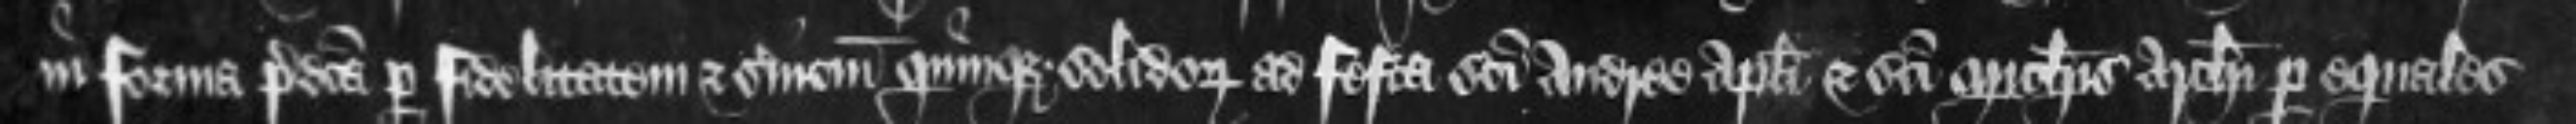
in forma predicta per fidelitatem et servicium quinque solidorum ad festa sancti Andree Apostoli et sancti Michaelis Archangeli per equales